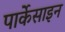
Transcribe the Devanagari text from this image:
पार्केसाइन